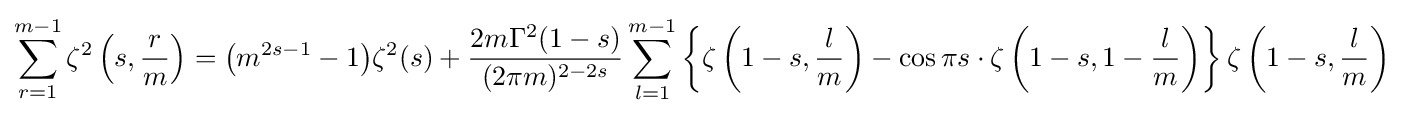
\sum _{r=1}^{m-1}\zeta ^{2}\left(s,{\frac {r}{m}}\right)={\big (}m^{2s-1}-1{\big )}\zeta ^{2}(s)+{\frac {2m\Gamma ^{2}(1-s)}{(2\pi m)^{2-2s}}}\sum _{l=1}^{m-1}\left\{\zeta \left(1-s,{\frac {l}{m}}\right)-\cos \pi s\cdot \zeta \left(1-s,1-{\frac {l}{m}}\right)\right\}\zeta \left(1-s,{\frac {l}{m}}\right)